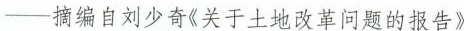
-摘编自刘少奇《关于土地改革问题的报告》